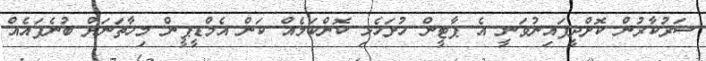
ސަރުކާރުން ކޮށްދީފައިނުވަނީ އެ ޕާޓީން ހުށަހެޅި ކޮންކަމެއް ކަން އެމްޑީޕީން މިހާތަނަށް ބުނެފައެއް